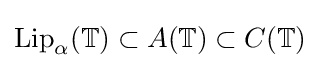
\mathrm {Lip} _{\alpha }(\mathbb {T} )\subset A(\mathbb {T} )\subset C(\mathbb {T} )